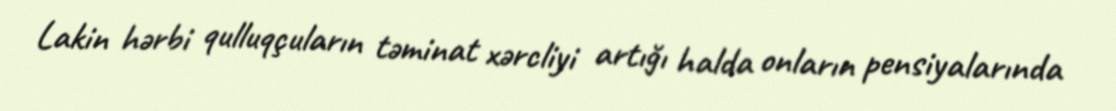
Lakin hərbi qulluqçuların təminat xərcliyi artığı halda onların pensiyalarında